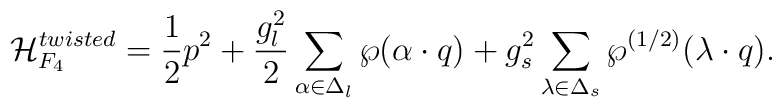
{\cal H}_{F_4}^{twisted}={1\over2}p^2+{g_l^2\over2}   \sum_{\alpha\in\Delta_l}    \wp(\alpha\cdot q)+   {g_s^2}\sum_{\lambda\in\Delta_s}    \wp^{(1/2)}(\lambda\cdot q).